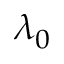
\lambda _ { 0 }